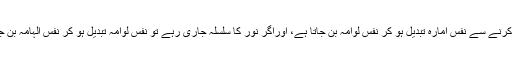
مرشد کی نظروں میں آنے کے بعد تزکیہ نفس اور پرہیز گاری چلے، مجاہدے کرنے سے نفس امارہ تبدیل ہو کر نفس لوامہ بن جاتا ہے، اوراگر نور کا سلسلہ جاری رہے تو نفس لوامہ تبدیل ہو کر نفس الہامہ بن جاتا ہے یہاں تک کوئی بھی مومن پہنچ سکتا ہے اس سے آگے ولی کا مقام ہے ۔